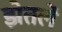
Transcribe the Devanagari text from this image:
झेतलें